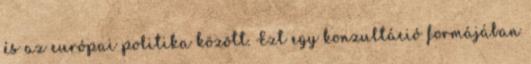
és az európai politika között. Ezt egy konzultáció formájában